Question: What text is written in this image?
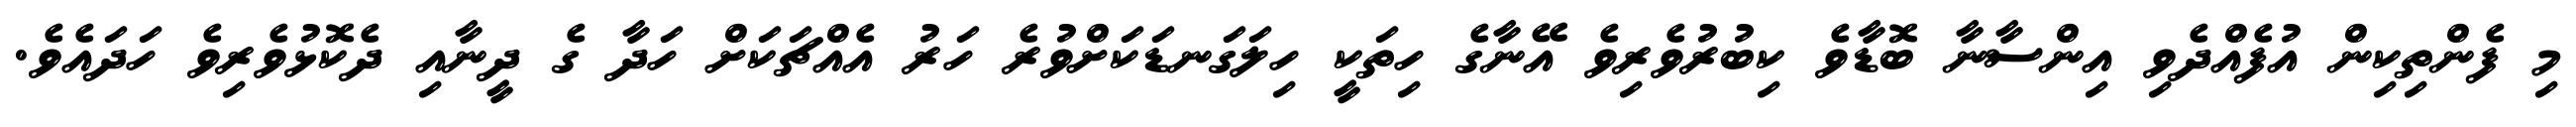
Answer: މި ފެންތިކިން އުފެއްދެވި އިންސާނާ ބޮޑާވެ ކިބުރުވެރިވެ އޭނާގެ ހިތަކީ ހިލަގަނޑަކަށްވުރެ ހަރު އެއްޗަކަށް ހަދާ ގެ ދީނާއި ދެކޮޅުވެރިވެ ހަދައެވެ.